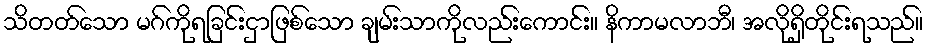
သိတတ်သော မဂ်ကိုရခြင်းငှာဖြစ်သော ချမ်းသာကိုလည်းကောင်း။ နိကာမလာဘီ၊ အလိုရှိတိုင်းရသည်။